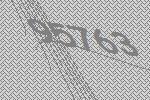
95763